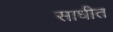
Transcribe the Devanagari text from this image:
साधीत